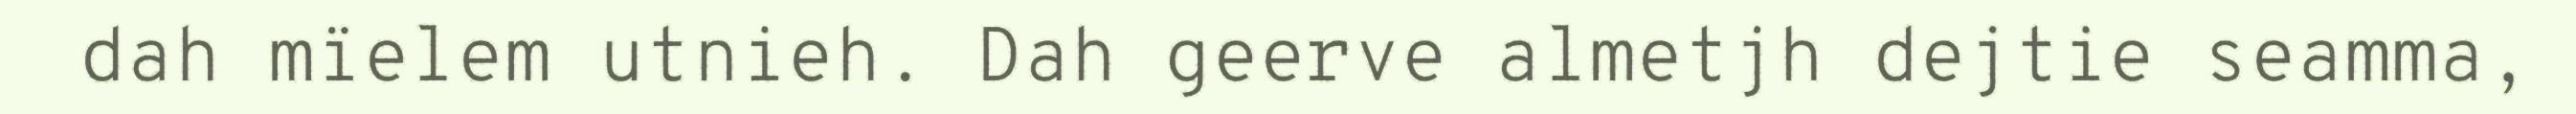
dah mïelem utnieh. Dah geerve almetjh dejtie seamma,